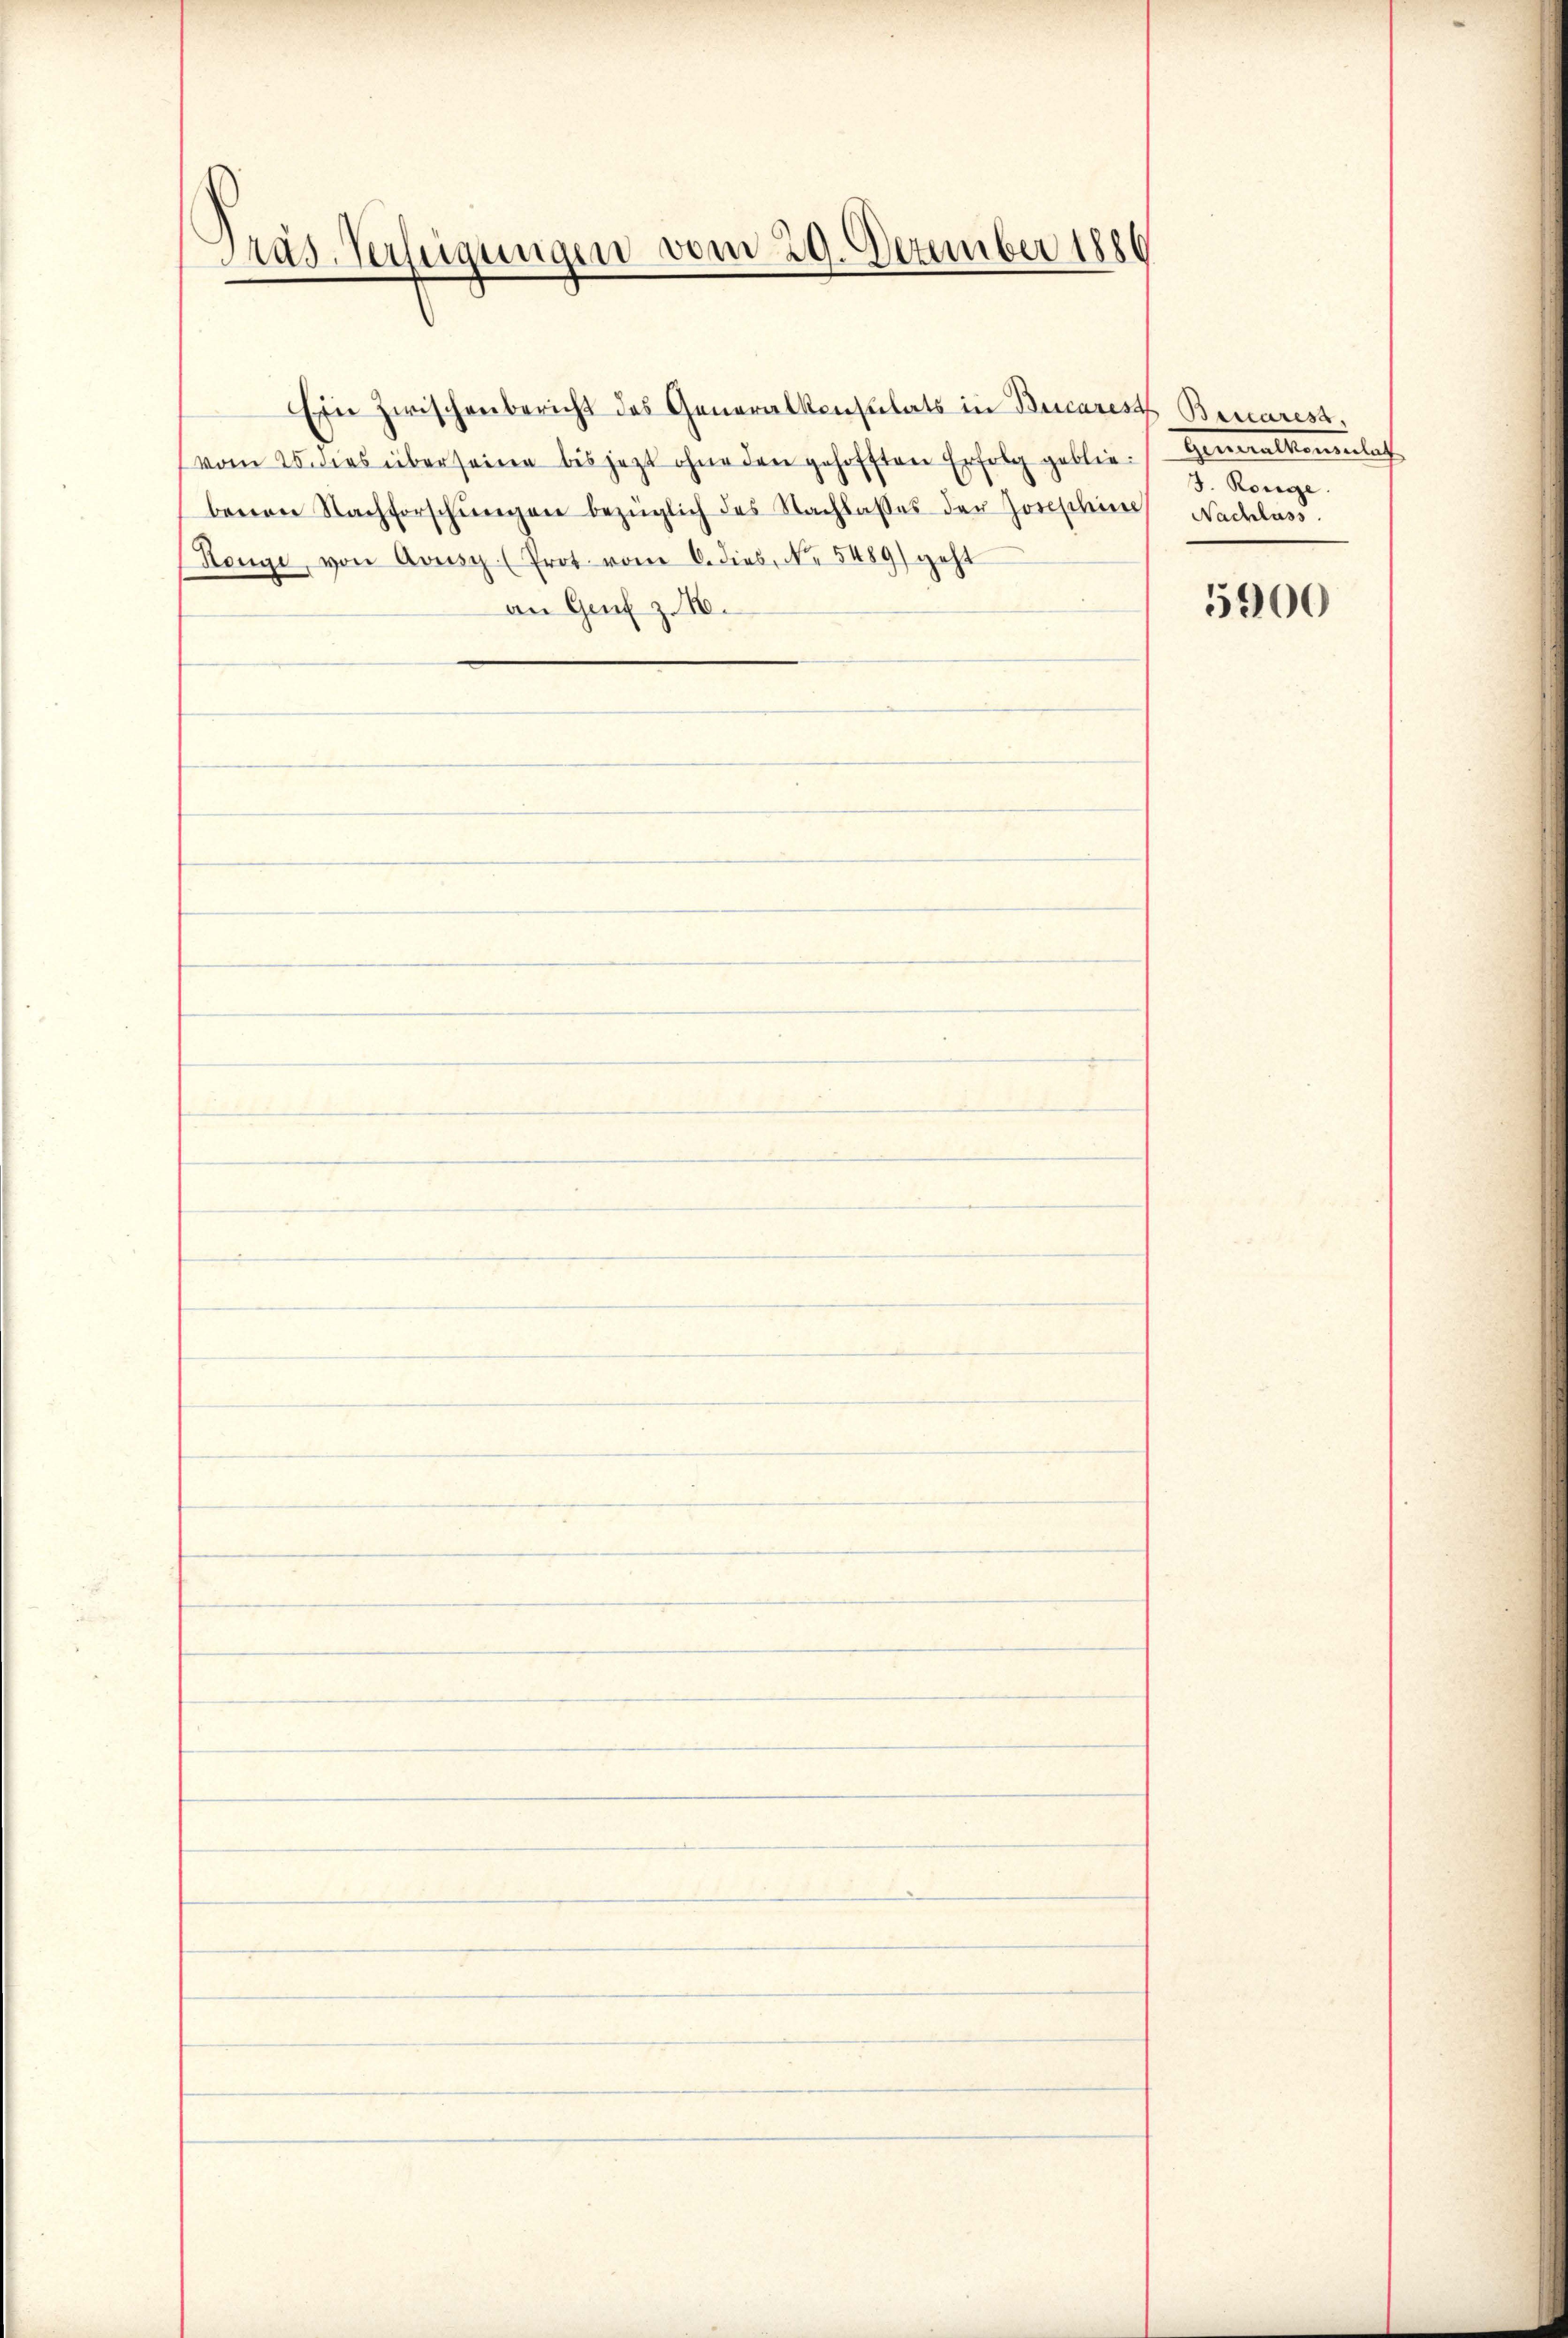
.
rus. Verfeigungen vom 29. Dezember 1886

Ein zwischenbericht des Generalkonsulats in Bucarest Benarest,
(vom 25. dies über seine bis jezt ohne den gehofften Erfolg geblie Heimalkonlach
benen Nachforschŭngen bezüglich des Nachlasses der Josephine Nachlass
Honge, von Avisy (Prot. vom 6. dies, No. 5489) geht
an Genf z. 16.

F. Könige

5900